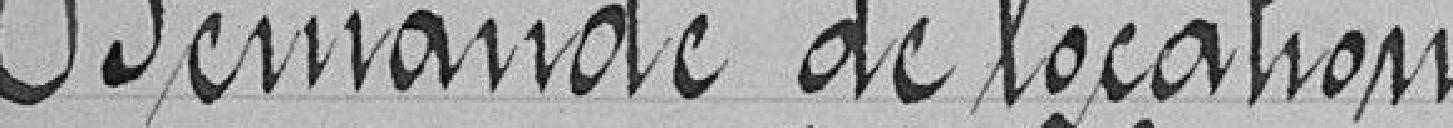
Demande de location